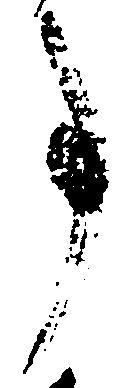
事